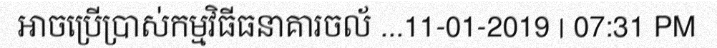
អាចប្រើប្រាស់កម្មវិធីធនាគារចល័ ...11-01-2019 | 07:31 PM